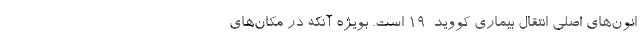
انون‌های اصلی انتقال بیماری کووید-۱۹ است. بویژه آنکه در مکان‌های